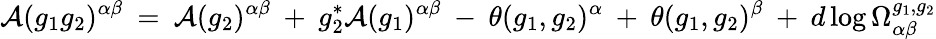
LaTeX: {\cal A}(g_{1}g_{2})^{\alpha\beta}\: =\: {\cal A}(g_{2})^{\alpha\beta}\: +\: g_{2}^{*}{\cal A}(g_{1})^{\alpha\beta}\: -\: \theta(g_{1},g_{2})^{\alpha}\: +\: \theta(g_{1},g_{2})^{\beta}\: +\: d\log\Omega_{\alpha\beta}^{g_{1},g_{2}}